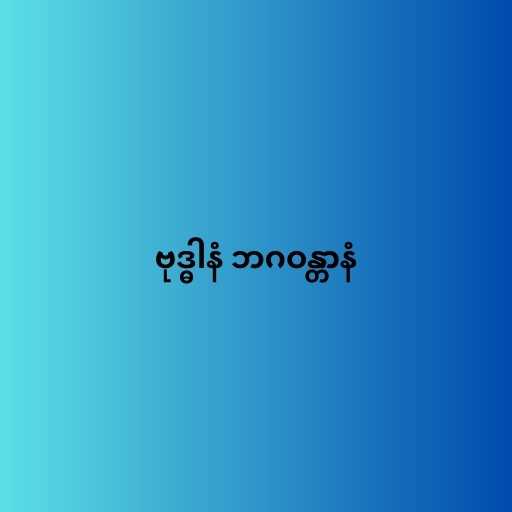
ဗုဒ္ဓါနံ ဘဂဝန္တာနံ